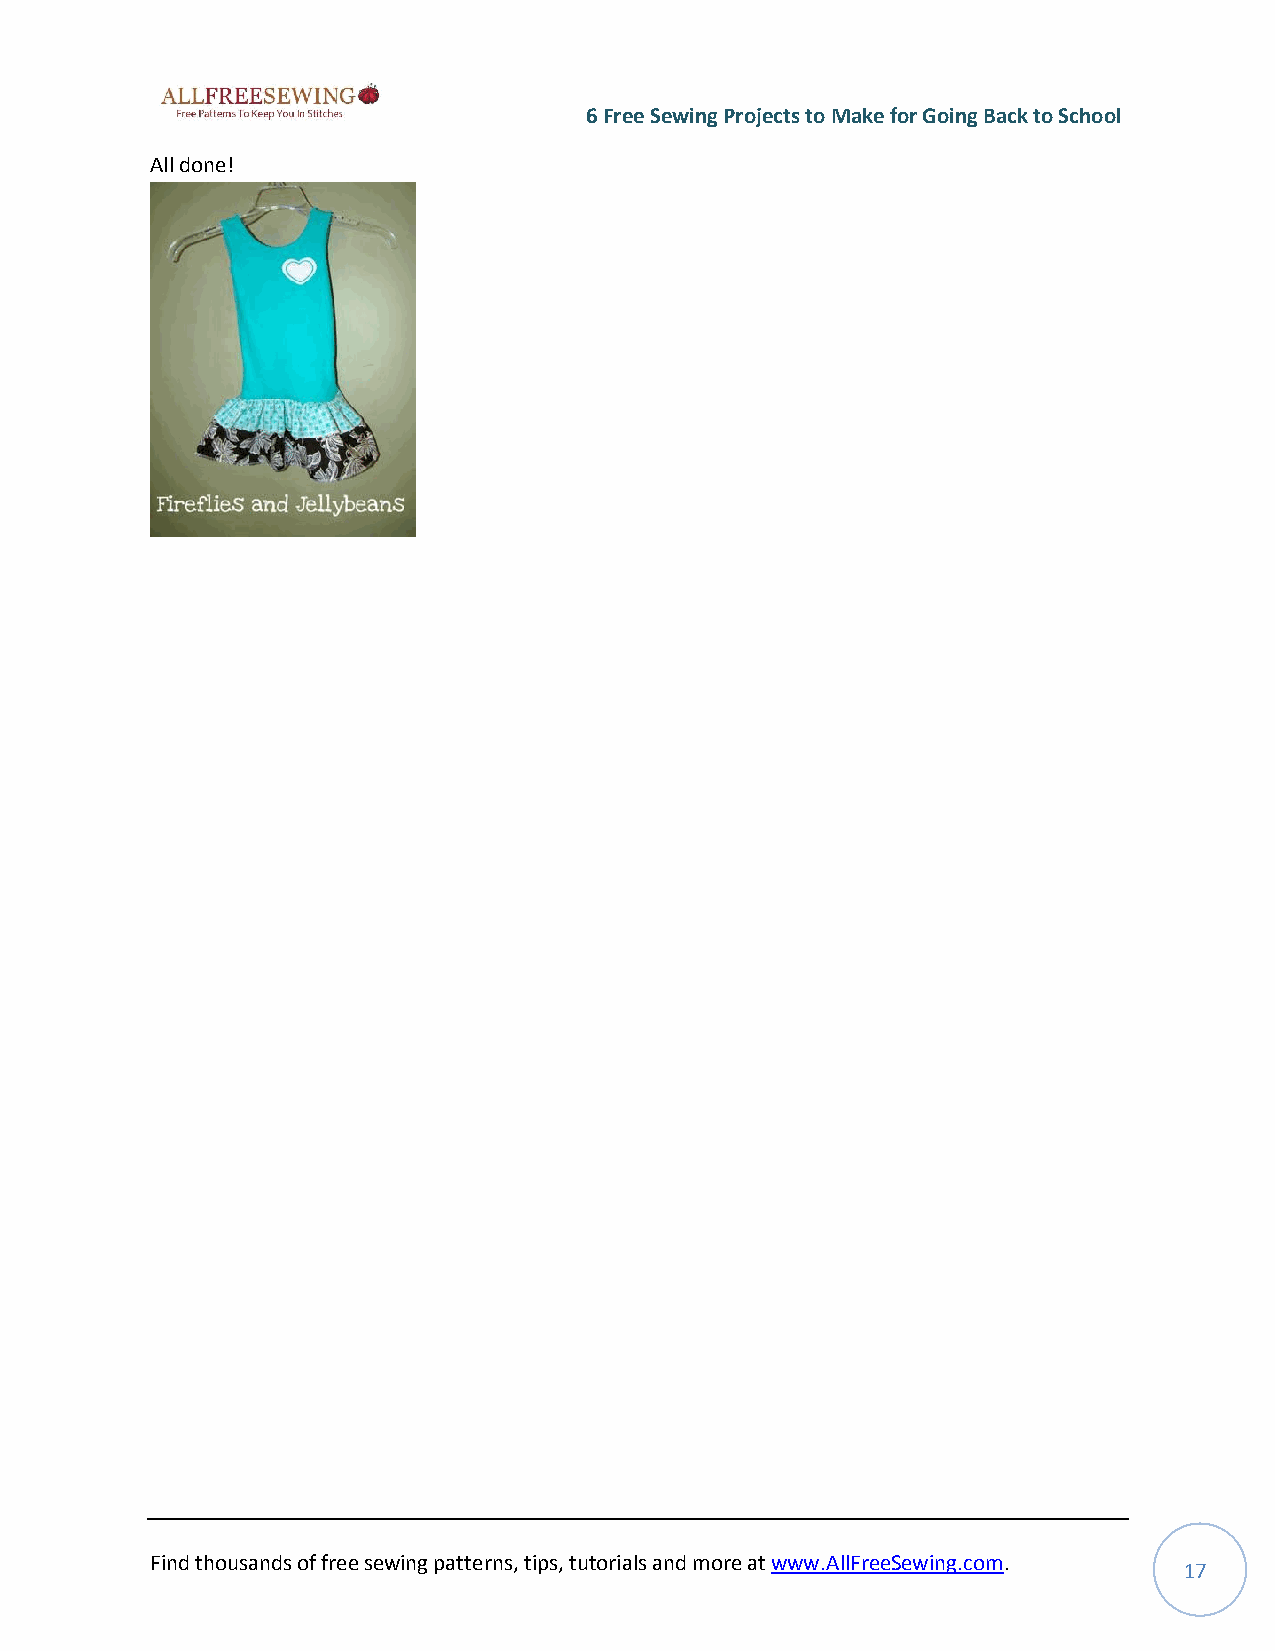
6 Free Sewing Projects to Make for Going Back to School
 All done!
 Find thousands of free sewing patterns, tips, tutorials and more at www.AllFreeSewing.com.
 17